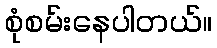
စုံစမ်းနေပါတယ်။